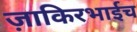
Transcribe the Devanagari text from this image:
ज़ाकिरभाईच